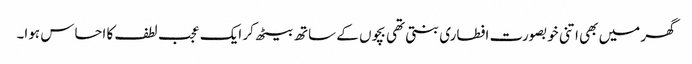
گھر میں بھی اتنی خوبصورت افطاری بنتی تھی بچوں کے ساتھ بیٹھ کر ایک عجب لطف کا احساس ہوا۔